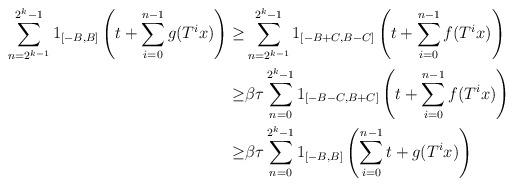
LaTeX: \begin{align*}\sum_{n=2^{k-1}}^{2^k-1} 1_{[-B,B]} \left(t+ \sum_{i=0}^{n-1} g(T^i x) \right)\ge&\sum_{n=2^{k-1}}^{2^k-1} 1_{[-B+C,B-C]} \left( t + \sum_{i=0}^{n-1} f(T^i x) \right)\\\ge&\beta \tau \sum_{n=0}^{2^k-1} 1_{[-B-C,B+C]} \left( t + \sum_{i=0}^{n-1} f(T^i x) \right)\\\ge&\beta \tau \sum_{n=0}^{2^k - 1} 1_{[-B,B]} \left( \sum_{i=0}^{n-1} t + g(T^i x) \right)\end{align*}